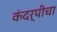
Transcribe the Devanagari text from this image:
कंदर्पीचा